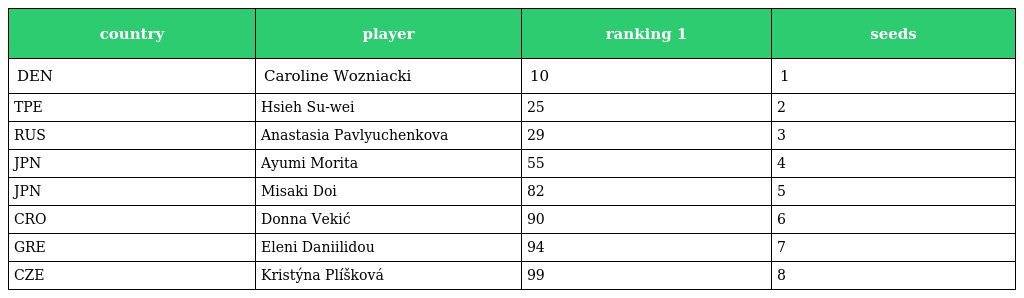
| country | player | ranking 1 | seeds |
 | --- | --- | --- | --- |
 | DEN | Caroline Wozniacki | 10 | 1 |
 | TPE | Hsieh Su-wei | 25 | 2 |
 | RUS | Anastasia Pavlyuchenkova | 29 | 3 |
 | JPN | Ayumi Morita | 55 | 4 |
 | JPN | Misaki Doi | 82 | 5 |
 | CRO | Donna Vekić | 90 | 6 |
 | GRE | Eleni Daniilidou | 94 | 7 |
 | CZE | Kristýna Plíšková | 99 | 8 |